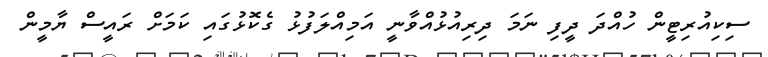
ސިކިއުރިޓީން ހުއްދަ ދީފި ނަމަ ދިރިއުޅުއްވާނީ އަމިއްލަފުޅު ގެކޮޅުގައި ކަމަށް ރައީސް ޔާމީން